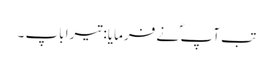
تب آپ ؐ نے فرمایا: تیرا باپ ۔